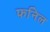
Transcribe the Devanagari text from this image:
फनिल